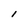
Character: l